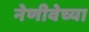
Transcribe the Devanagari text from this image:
नेणीवेच्या